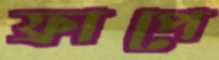
ফ্রাপে